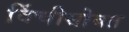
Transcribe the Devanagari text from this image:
विंचीसोबत